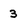
Character: 3